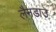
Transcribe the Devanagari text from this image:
लैनडाउ